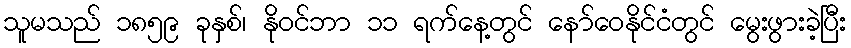
သူမသည် ၁၈၅၉ ခုနှစ်၊ နိုဝင်ဘာ ၁၁ ရက်နေ့တွင် နော်ဝေနိုင်ငံတွင် မွေးဖွားခဲ့ပြီး